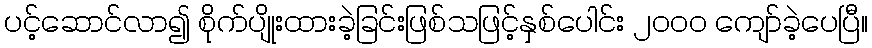
ပင့်ဆောင်လာ၍ စိုက်ပျိုးထားခဲ့ခြင်းဖြစ်သဖြင့်နှစ်ပေါင်း ၂ဝဝဝ ကျော်ခဲ့ပေပြီ။